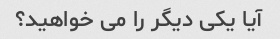
آیا یکی دیگر را می خواهید؟